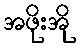
အဖိုးအို